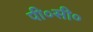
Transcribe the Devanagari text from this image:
पी०सी०